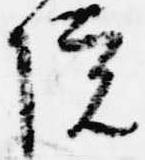
院